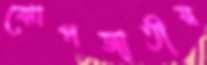
ঝোপজাতীয়